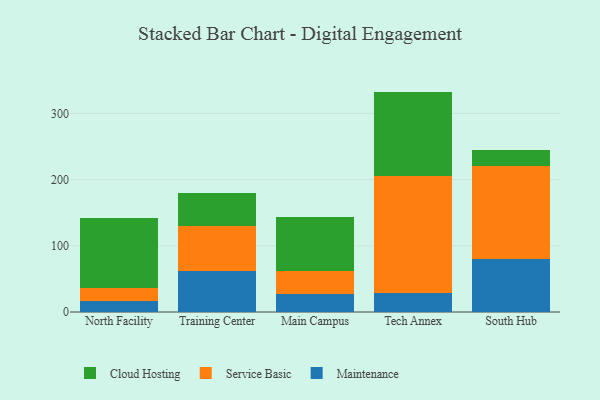
{"axis": {"x": "Campus", "y": "LTV (USD)"}, "legend": ["Cloud Hosting", "Maintenance", "Service Basic"], "data": [{"x": "North Facility", "y": 15.9, "type": "Maintenance"}, {"x": "North Facility", "y": 20.8, "type": "Service Basic"}, {"x": "North Facility", "y": 105.1, "type": "Cloud Hosting"}, {"x": "Training Center", "y": 61.3, "type": "Maintenance"}, {"x": "Training Center", "y": 67.9, "type": "Service Basic"}, {"x": "Training Center", "y": 50.4, "type": "Cloud Hosting"}, {"x": "Main Campus", "y": 27.5, "type": "Maintenance"}, {"x": "Main Campus", "y": 35.1, "type": "Service Basic"}, {"x": "Main Campus", "y": 80.6, "type": "Cloud Hosting"}, {"x": "Tech Annex", "y": 28.9, "type": "Maintenance"}, {"x": "Tech Annex", "y": 176.4, "type": "Service Basic"}, {"x": "Tech Annex", "y": 127.7, "type": "Cloud Hosting"}, {"x": "South Hub", "y": 79.6, "type": "Maintenance"}, {"x": "South Hub", "y": 140.9, "type": "Service Basic"}, {"x": "South Hub", "y": 25.0, "type": "Cloud Hosting"}]}